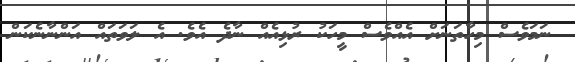
ނަމަވެސް މިހާތަނަށް އެއްވެސް މީހަކު ރުޅިއެއް ނާދެ އެވެ. އެ ލަވަތައް އަންނާނެކަން